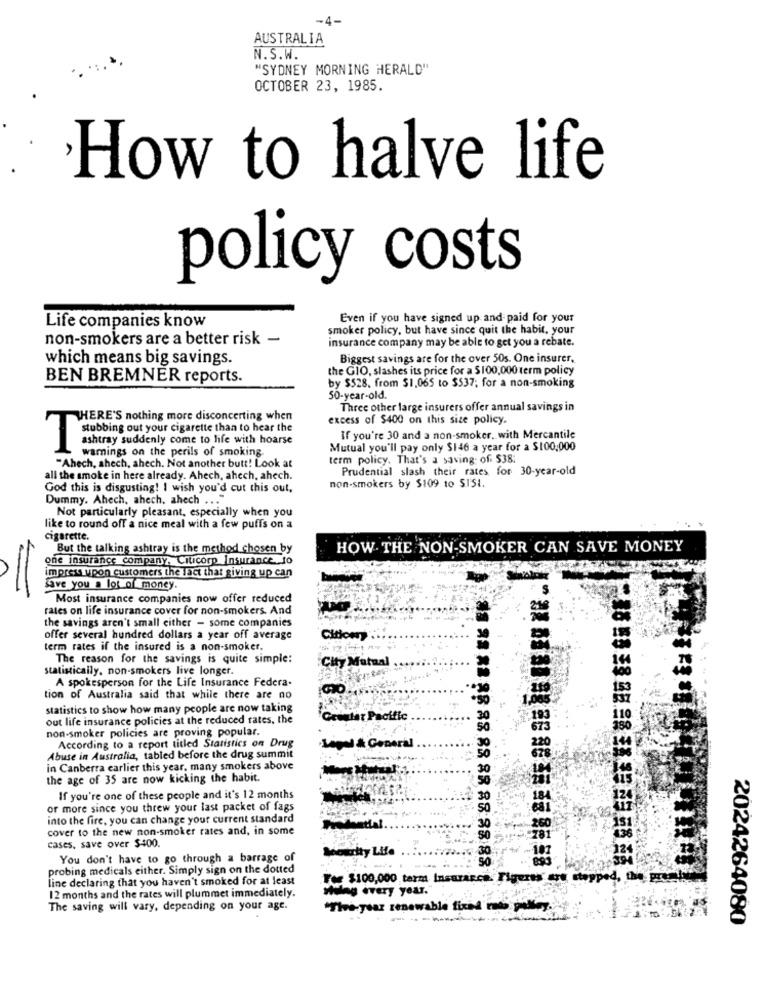
-4-
AUSTRALIA
N.S.W.
"SYDNEY MORNING HERALD"
OCTOBER 23, 1985.
How to halve life
policy costs
Even if you have signed up and paid for your
Life companies know
smoker policy, but have since quit the habit, your
non-smokers are a better risk -
insurance company may be able to get you a rebate.
which means big savings.
Biggest savings are for the over 50s. One insurer.
the GIO, slashes its price for a $100,000 term policy
BEN BREMNER reports.
by $528. from $1,065 to $537; for a non-smoking
50-year-old.
Three other large insurers offer annual savings in
THERE'S nothing more disconcerting when
excess of $400 on this size policy.
Subbing out your cigarette than to hear the
ashtray suddenly come to life with hoarse
If you're 30 and a non-smoker, with Mercantile
Mutual you'll pay only $146 a year for a $100,000
warnings on the perils of smoking.
term policy. That's a saving of $38:
"Ahech, shech, shech. Not another butt! Look at
Prudential slash their rates for 30-year-old
all the smoke in here already. Ahech, ahech, ahech.
non-smokers by $109 to SISI.
God this is disgusting! I wish you'd cut this out,
Dummy. Ahech, ahech, ahech ... "
Not particularly pleasant, especially when you
like to round off a nice meal with a few puffs on a
cigarette.
But the talking ashtray is the method chosen by
HOW THE NON-SMOKER CAN SAVE MONEY
one insurance company, Citicorp Insurance. to
impress upon customers the fact that giving up can
Save you a lot of money.
Most insurance companies now offer reduced
rates on life insurance cover for non-smokers. And
the savings aren't small either - some companies
offer several hundred dollars a year off average
Cition
term rates if the insured is a non-smoker.
The reason for the savings is quite simple:
City Mutual
statistically, non-smokers live longer.
A spokesperson for the Life Insurance Federa-
tion of Australia said that while there are no
statistics to show how many people are now taking
out life insurance policies at the reduced rates, the
star Pacific
non-smoker policies are proving popular.
According to a report titled Statistics on Drug
Legal & Gener
Abuse in Australia, tabled before the drug summit
in Canberra earlier this year, many smokers above
the age of 35 are now kicking the habit.
If you're one of these people and it's 12 months
or more since you threw your last packet of fags
into the fire, you can change your current standard
cover to the new non-smoker rates and, in some
cases, save over $400.
Woourlty Life
You don't have to go through a barrage of
probing medicals either. Simply sign on the dotted
line declaring that you haven't smoked for at least
For $100,000 term Insurance. Figures ere ctopped, the promis
Malng every year."
12 months and the rates will plummet immediately.
The saving will vary, depending on your age.
"The-year renewable fixed mes pilley.
2024264080